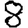
Digit: 8